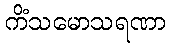
ကိံသမောသရဏာ